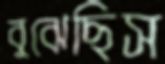
বুঝেছিস